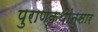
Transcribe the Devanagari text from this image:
पुराणकथांनुसार